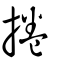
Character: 捲